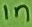
Text: 1n